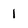
Character: 1